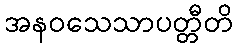
အနဝသေသာပတ္တီတိ